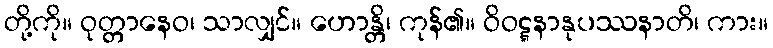
တို့ကို။ ဝုတ္တာနေဝ၊ သာလျှင်။ ဟောန္တိ၊ ကုန်၏။ ဝိဝဋ္ဋနာနုပဿနာတိ၊ ကား။